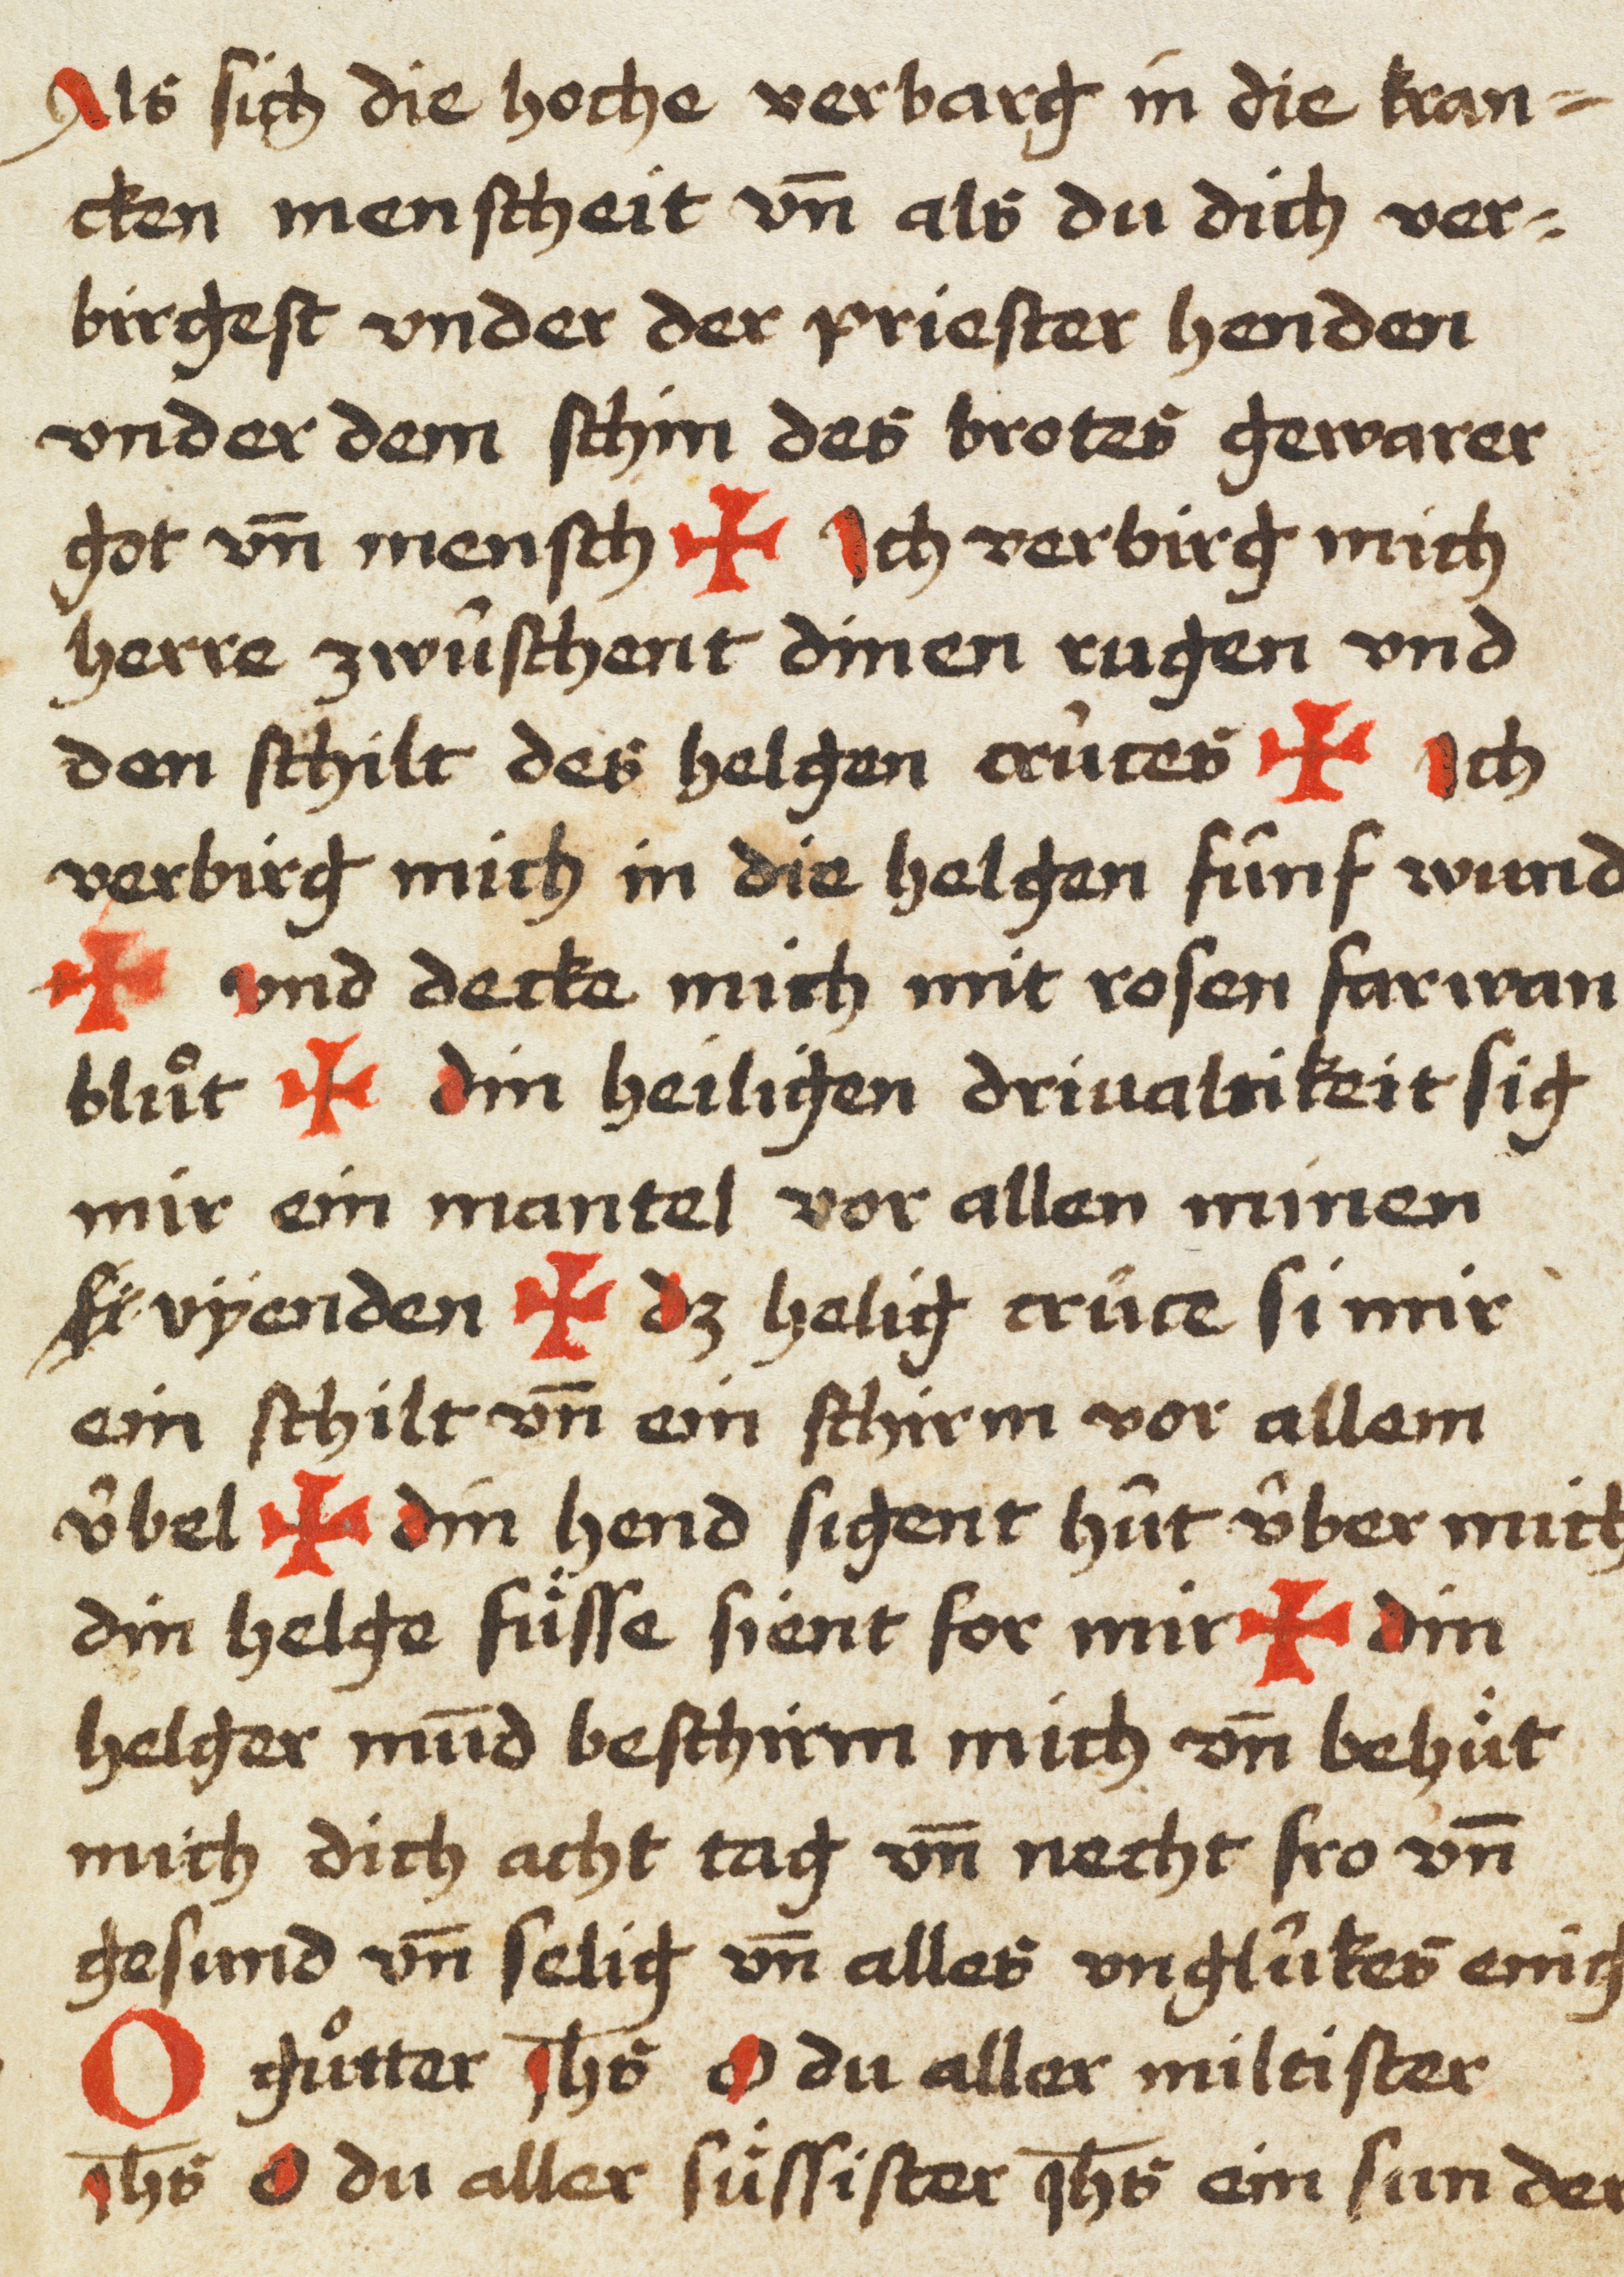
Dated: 1450–1499